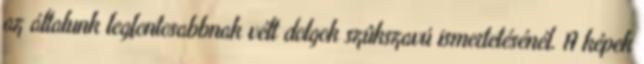
az általunk legfontosabbnak vélt dolgok szûkszavú ismertetésénél. A képek